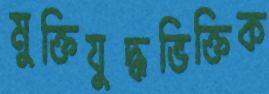
মুক্তিযুদ্ধভিক্তিক